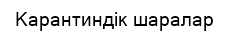
Карантиндік шаралар